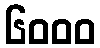
၆၀၀၀